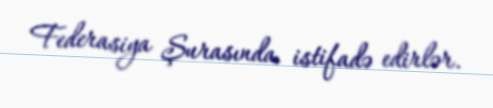
Federasiya Şurasında istifadə edirlər.